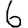
Digit: 6